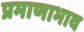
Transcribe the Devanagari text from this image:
प्रमाणाभाव